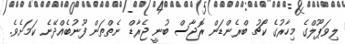
ލިވަޕޫލްގެ މިހާރުގެ ކޯޗު ބްރެންޑަން ރޮޖާސް ބުނީ ޖެރާޑް ނެތްތަން ފޫނުބެއްދޭނެ ކަމަށެވެ.